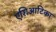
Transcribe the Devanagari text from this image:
एशिआटिका